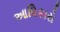
આધિકારો